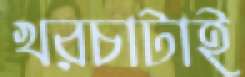
খরচাটাই